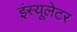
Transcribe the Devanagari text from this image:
इंस्यूलेटर